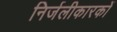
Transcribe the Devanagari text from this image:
निर्जलीकारकों